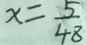
x = \frac { 5 } { 4 8 }